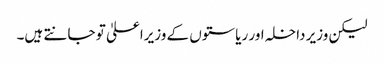
لیکن وزیر داخلہ اور ریاستوں کے وزیراعلیٰ تو جانتے ہیں۔